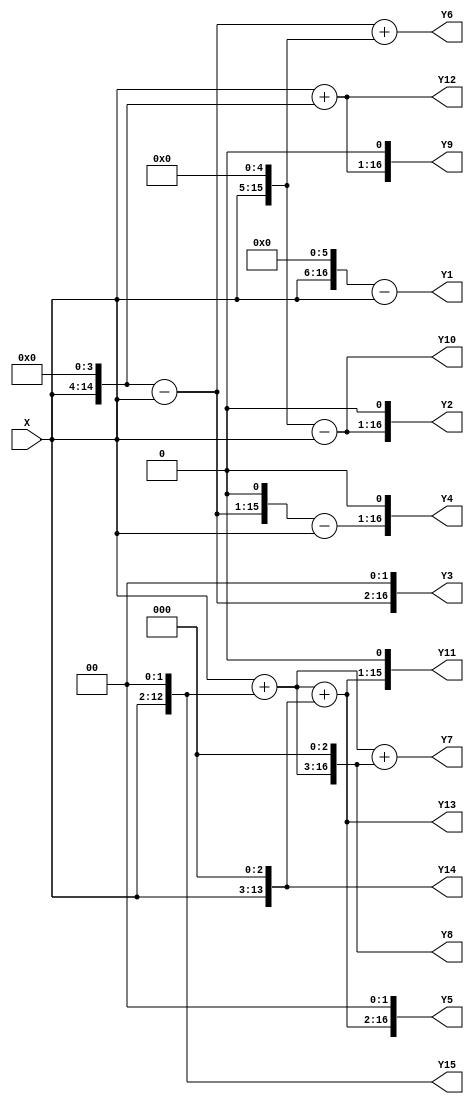
/*------------------------------------------------------------------------------
 * Date generated: 10/02/2023
 * Date modified: 08/05/2023
 * Description: MCM filter for 1/16 precision coefficients - Tap 2
 *------------------------------------------------------------------------------ */

module t2_affine_11 (
    X,
    Y1,
    Y2,
    Y3,
    Y4,
    Y5,
    Y6,
    Y7,
    Y8,
    Y9,
    Y10,
    Y11,
    Y12,
    Y13,
    Y14,
    Y15
);


// ------------------------------------------
// Port mode declarations
// ------------------------------------------
  input  signed [10:0] X;
  output signed [16:0]	 Y1;
  output signed [16:0]	 Y2;
  output signed [16:0]	 Y3;
  output signed [16:0]	 Y4;
  output signed [16:0]	 Y5;
  output signed [16:0]	 Y6;
  output signed [16:0]	 Y7;
  output signed [16:0]	 Y8;
  output signed [16:0]	 Y9;
  output signed [15:0]	 Y10;
  output signed [15:0]	 Y11;
  output signed [15:0]	 Y12;
  output signed [14:0]	 Y13;
  output signed [13:0]	 Y14;
  output signed [12:0]	 Y15;


// ------------------------------------------
// Wires declarations
// ------------------------------------------
  wire signed [10:0] w1;
  wire signed [12:0] w4;
  wire signed [13:0] w5;
  wire signed [14:0] w16;
  wire signed [14:0] w15;
  wire signed [15:0] w17;
  wire signed [15:0] w32;
  wire signed [15:0] w31;
  wire signed [16:0] w64;
  wire signed [16:0] w63;
  wire signed [13:0] w8;
  wire signed [14:0] w13;
  wire signed [15:0] w30;
  wire signed [15:0] w29;
  wire signed [16:0] w40;
  wire signed [16:0] w45;
  wire signed [16:0] w47;
  wire signed [16:0] w62;
  wire signed [16:0] w60;
  wire signed [16:0] w58;
  wire signed [16:0] w52;
  wire signed [16:0] w34;
  wire signed [15:0] w26;
	 
	 
// ------------------------------------------
// Combinational logic
// ------------------------------------------
  assign w1 = X;
  assign w4 = w1 << 2;
  assign w5 = w1 + w4;
  assign w16 = w1 << 4;
  assign w15 = w16 - w1;
  assign w17 = w1 + w16;
  assign w32 = w1 << 5;
  assign w31 = w32 - w1;
  assign w64 = w1 << 6;
  assign w63 = w64 - w1;
  assign w8 = w1 << 3;
  assign w13 = w5 + w8;
  assign w30 = w15 << 1;
  assign w29 = w30 - w1;
  assign w40 = w5 << 3;
  assign w45 = w5 + w40;
  assign w47 = w15 + w32;
  assign w62 = w31 << 1;
  assign w60 = w15 << 2;
  assign w58 = w29 << 1;
  assign w52 = w13 << 2;
  assign w34 = w17 << 1;
  assign w26 = w13 << 1;
  
  
// ------------------------------------------
// Outputs
// ------------------------------------------
  assign Y1 = w63;
  assign Y2 = w62;
  assign Y3 = w60;
  assign Y4 = w58;
  assign Y5 = w52;
  assign Y6 = w47;
  assign Y7 = w45;
  assign Y8 = w40;
  assign Y9 = w34;
  assign Y10 = w31;
  assign Y11 = w26;
  assign Y12 = w17;
  assign Y13 = w13;
  assign Y14 = w8;
  assign Y15 = w4;

endmodule //t2_affine_11